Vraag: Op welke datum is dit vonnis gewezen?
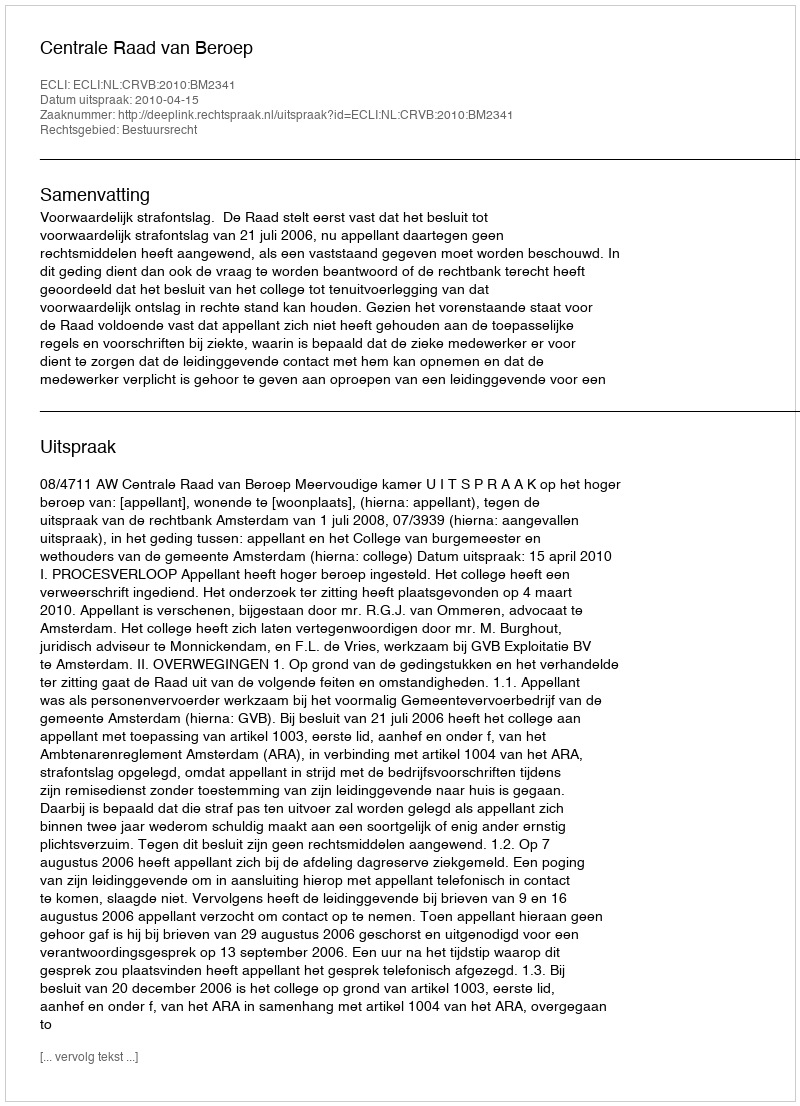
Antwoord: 2010-04-15